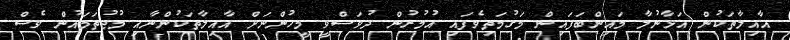
އާއިލާތަކުން އަޅާނުލާ މައިންބަފައިން މަގުމަތިވެފައި އުމުރުން ދުވަސްވީ މީހުންނަށް އާއިލާތަކުންނާއި މުޖުތަމައުން ވެސް